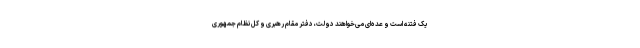
یک فتنه است و عده‌ای می‌خواهند دولت، دفتر مقام رهبری و کل نظام جمهوری